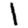
Digit: 1